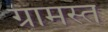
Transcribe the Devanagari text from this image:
ग्रामस्त